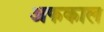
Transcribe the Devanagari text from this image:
अफकाल